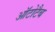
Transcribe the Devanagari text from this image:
ऑटोटैब